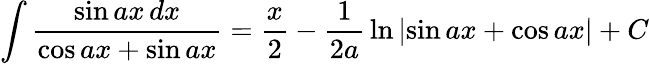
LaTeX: \int{\frac{\sin ax\, dx}{\cos ax+\sin ax}}={\frac{x}{2}}-{\frac{1}{2a}}\ln\left|\sin ax+\cos ax\right|+C